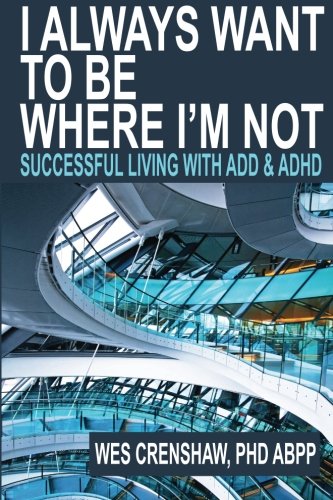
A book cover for I Always Want to Be Where I'm Not: Successful Living with ADD and ADHD; Wes Crenshaw PhD; Health, Fitness & Dieting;